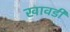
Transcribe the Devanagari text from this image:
खावडी